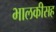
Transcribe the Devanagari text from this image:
भालकीसह